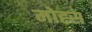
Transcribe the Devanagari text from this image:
मोह्स